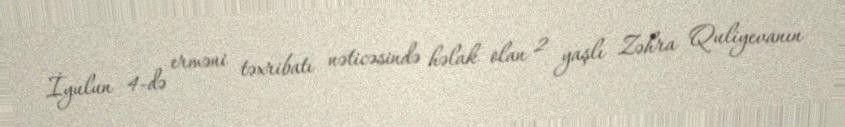
İyulun 4-də erməni təxribatı nəticəsində həlak olan 2 yaşlı Zəhra Quliyevanın